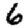
Digit: 6